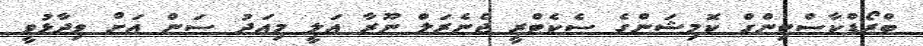
ބްރޯޑްކާސްޓިންގް ކޮމިޝަންގެ ސެކެޓްރީ ޖެނެރަލް ނޫރާ އަލީ މިއަދު ސަން އަށް ވިދާޅުވީ